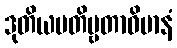
ဒုတိယပတိဗ္ဗတာဝိမာနံ